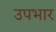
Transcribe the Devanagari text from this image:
उपभार